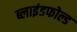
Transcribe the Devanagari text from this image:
ब्लाइंडफोल्ड